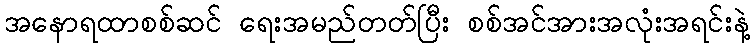
အနောရထာစစ်ဆင် ရေးအမည်တတ်ပြီး စစ်အင်အားအလုံးအရင်းနဲ့